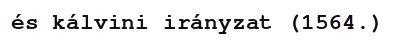
és kálvini irányzat (1564.)